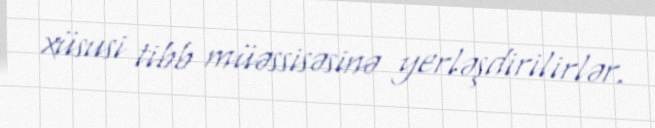
xüsusi tibb müəssisəsinə yerləşdirilirlər.